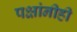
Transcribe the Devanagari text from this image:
पक्षांनीही